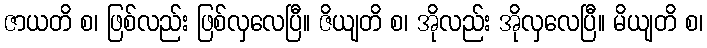
ဇာယတိ စ၊ ဖြစ်လည်း ဖြစ်လှလေပြီ။ ဇိယျတိ စ၊ အိုလည်း အိုလှလေပြီ။ မိယျတိ စ၊